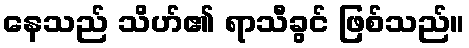
နေသည် သိဟ်၏ ရာသီခွင် ဖြစ်သည်။